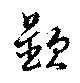
顕